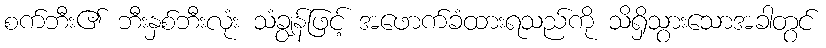
စက်ဘီး၏ ဘီးနှစ်ဘီးလုံး သံချွန်ဖြင့် အဖောက်ခံထားရသည်ကို သိရှိသွားသောအခါတွင်